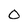
Character: 0